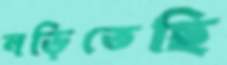
নড়িতেছি